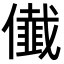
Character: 𭀁